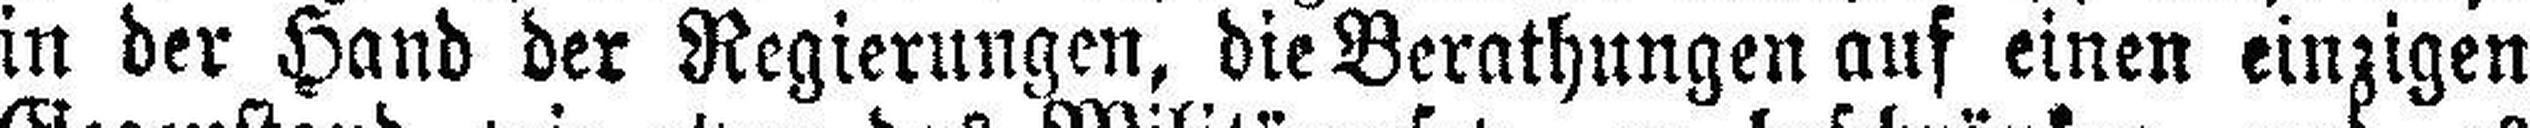
in der Hand der Regierungen, die Berathungen auf einen einzigen